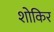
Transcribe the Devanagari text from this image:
शोकिर